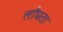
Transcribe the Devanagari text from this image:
लाँघता